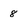
Character: 8